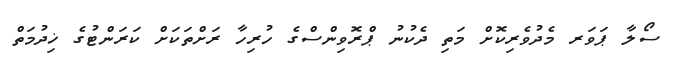
ސޯލާ ޕަވަރ މެދުވެރިކޮށް މަތި ދެކުނު ޕްރޮވިންސްގެ ހުރިހާ ރަށްތަކަށް ކަރަންޓުގެ ޚިދުމަތް